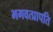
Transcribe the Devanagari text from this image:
भगवत्प्रापति